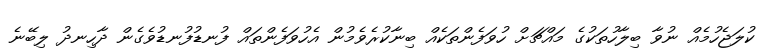
ކުލަޖެހުމެއް ނުވާ ބިލާހުތަކުގެ މައްޗަށް ހުވަފެންތަކެއް ބިނާކުރެވެމުން އެހުވަފެންތައް ފުނޑުފުނޑުވެގެން ދާހިނދު ލިބޭނެ